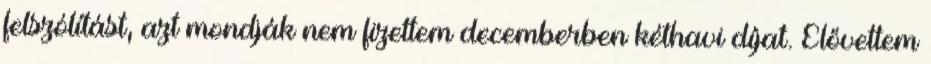
felszólítást, azt mondják nem fizettem decemberben kéthavi díjat. Elővettem